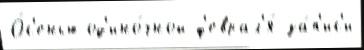
О́с'енью од'ино́чной ф'еврал'я́ за́п'ис'и